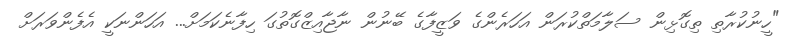
"ހީނުކުރާތި ތިގޮޅިން ސަލާމަތްކުރަން އަހަރެންގެ ވަޒީފާގެ ބޭނުން ނާޖާއިޒްގޮތުގަ ހިފާނެކަމަށް... އަހަންނަކީ އެފެންވަރަށް